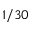
1 / 3 0